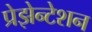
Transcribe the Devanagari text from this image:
प्रेझेन्टेशन